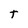
Character: t